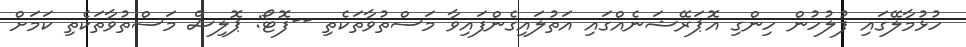
ހުޅުމާލޭގައި ފުލުހުން ހިންގި އޮޕަރޭޝަނެއްގައި އަތުލައިގެންފައިވާ މަސްތުވާތަކެތި --ފޮޓޯ: ޕޮލިސް މަސްތުވާތަކެތި ކަމަށް